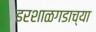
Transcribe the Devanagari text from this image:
इरशाळगडाच्या